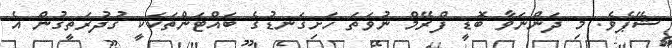
ޝޭޕެވެ. މި ދަންނަވާ ބޮޑީ ފްރޭމް ނުވަތަ ހަށިގަނޑުގެ ބައްޓަންތަކަކީ ގުދުރަތީގުން އެ